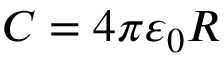
C = 4 \pi \varepsilon _ { 0 } R